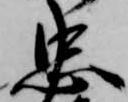
忠